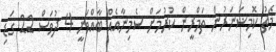
މެޗު ކޮމިޝަނަރުން ތަމްރީން ކުރުމަށް ސެމިނާއެއް ބާއްވަނީ 4 ދުވަސް 22 ގަޑި